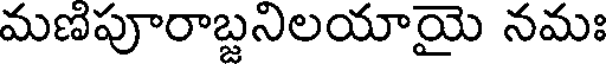
మణిపూరాబ్జనిలయాయై నమః